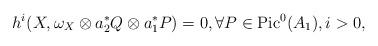
LaTeX: \begin{align*}h^i(X,\omega_X\otimes a_2^*Q\otimes a_1^*P)=0,\forall P\in {\rm Pic}^0(A_1), i>0,\end{align*}